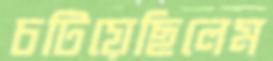
চটিয়েছিলেম